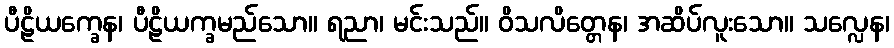
ပီဠိယက္ခေန၊ ပီဠိယက္ခမည်သော။ ရညာ၊ မင်းသည်။ ဝိသလိတ္တေန၊ အဆိပ်လူးသော။ သလ္လေန၊